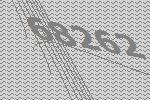
68262